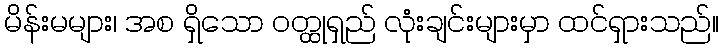
မိန်းမများ၊ အစ ရှိသော ဝတ္ထုရှည် လုံးချင်းများမှာ ထင်ရှားသည်။